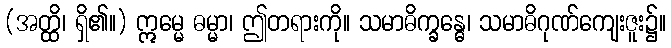
(အတ္ထိ၊ ရှိ၏။) ဣမ္မေ ဓမ္မာ၊ ဤတရားကို။ သမာဓိက္ခန္ဓေ၊ သမာဓိဂုဏ်ကျေးဇူး၌။